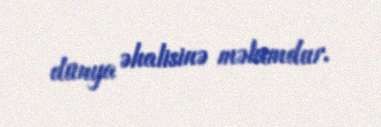
dünya əhalisinə məlumdur.